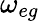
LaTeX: \omega_{eg}